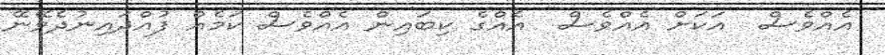
އެއްވެސް  އަކަށް އެއްވެސް  އެއްގެ ކިބައިން އެއްވެސް ކަމެއް ފުއްދައިނުދެވޭނޭ